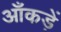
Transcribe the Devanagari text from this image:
आँकड़ें